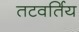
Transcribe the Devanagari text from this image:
तटवर्तिय